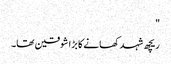
"
ریچھ شہد کھانے کا بڑا شوقین تھا۔